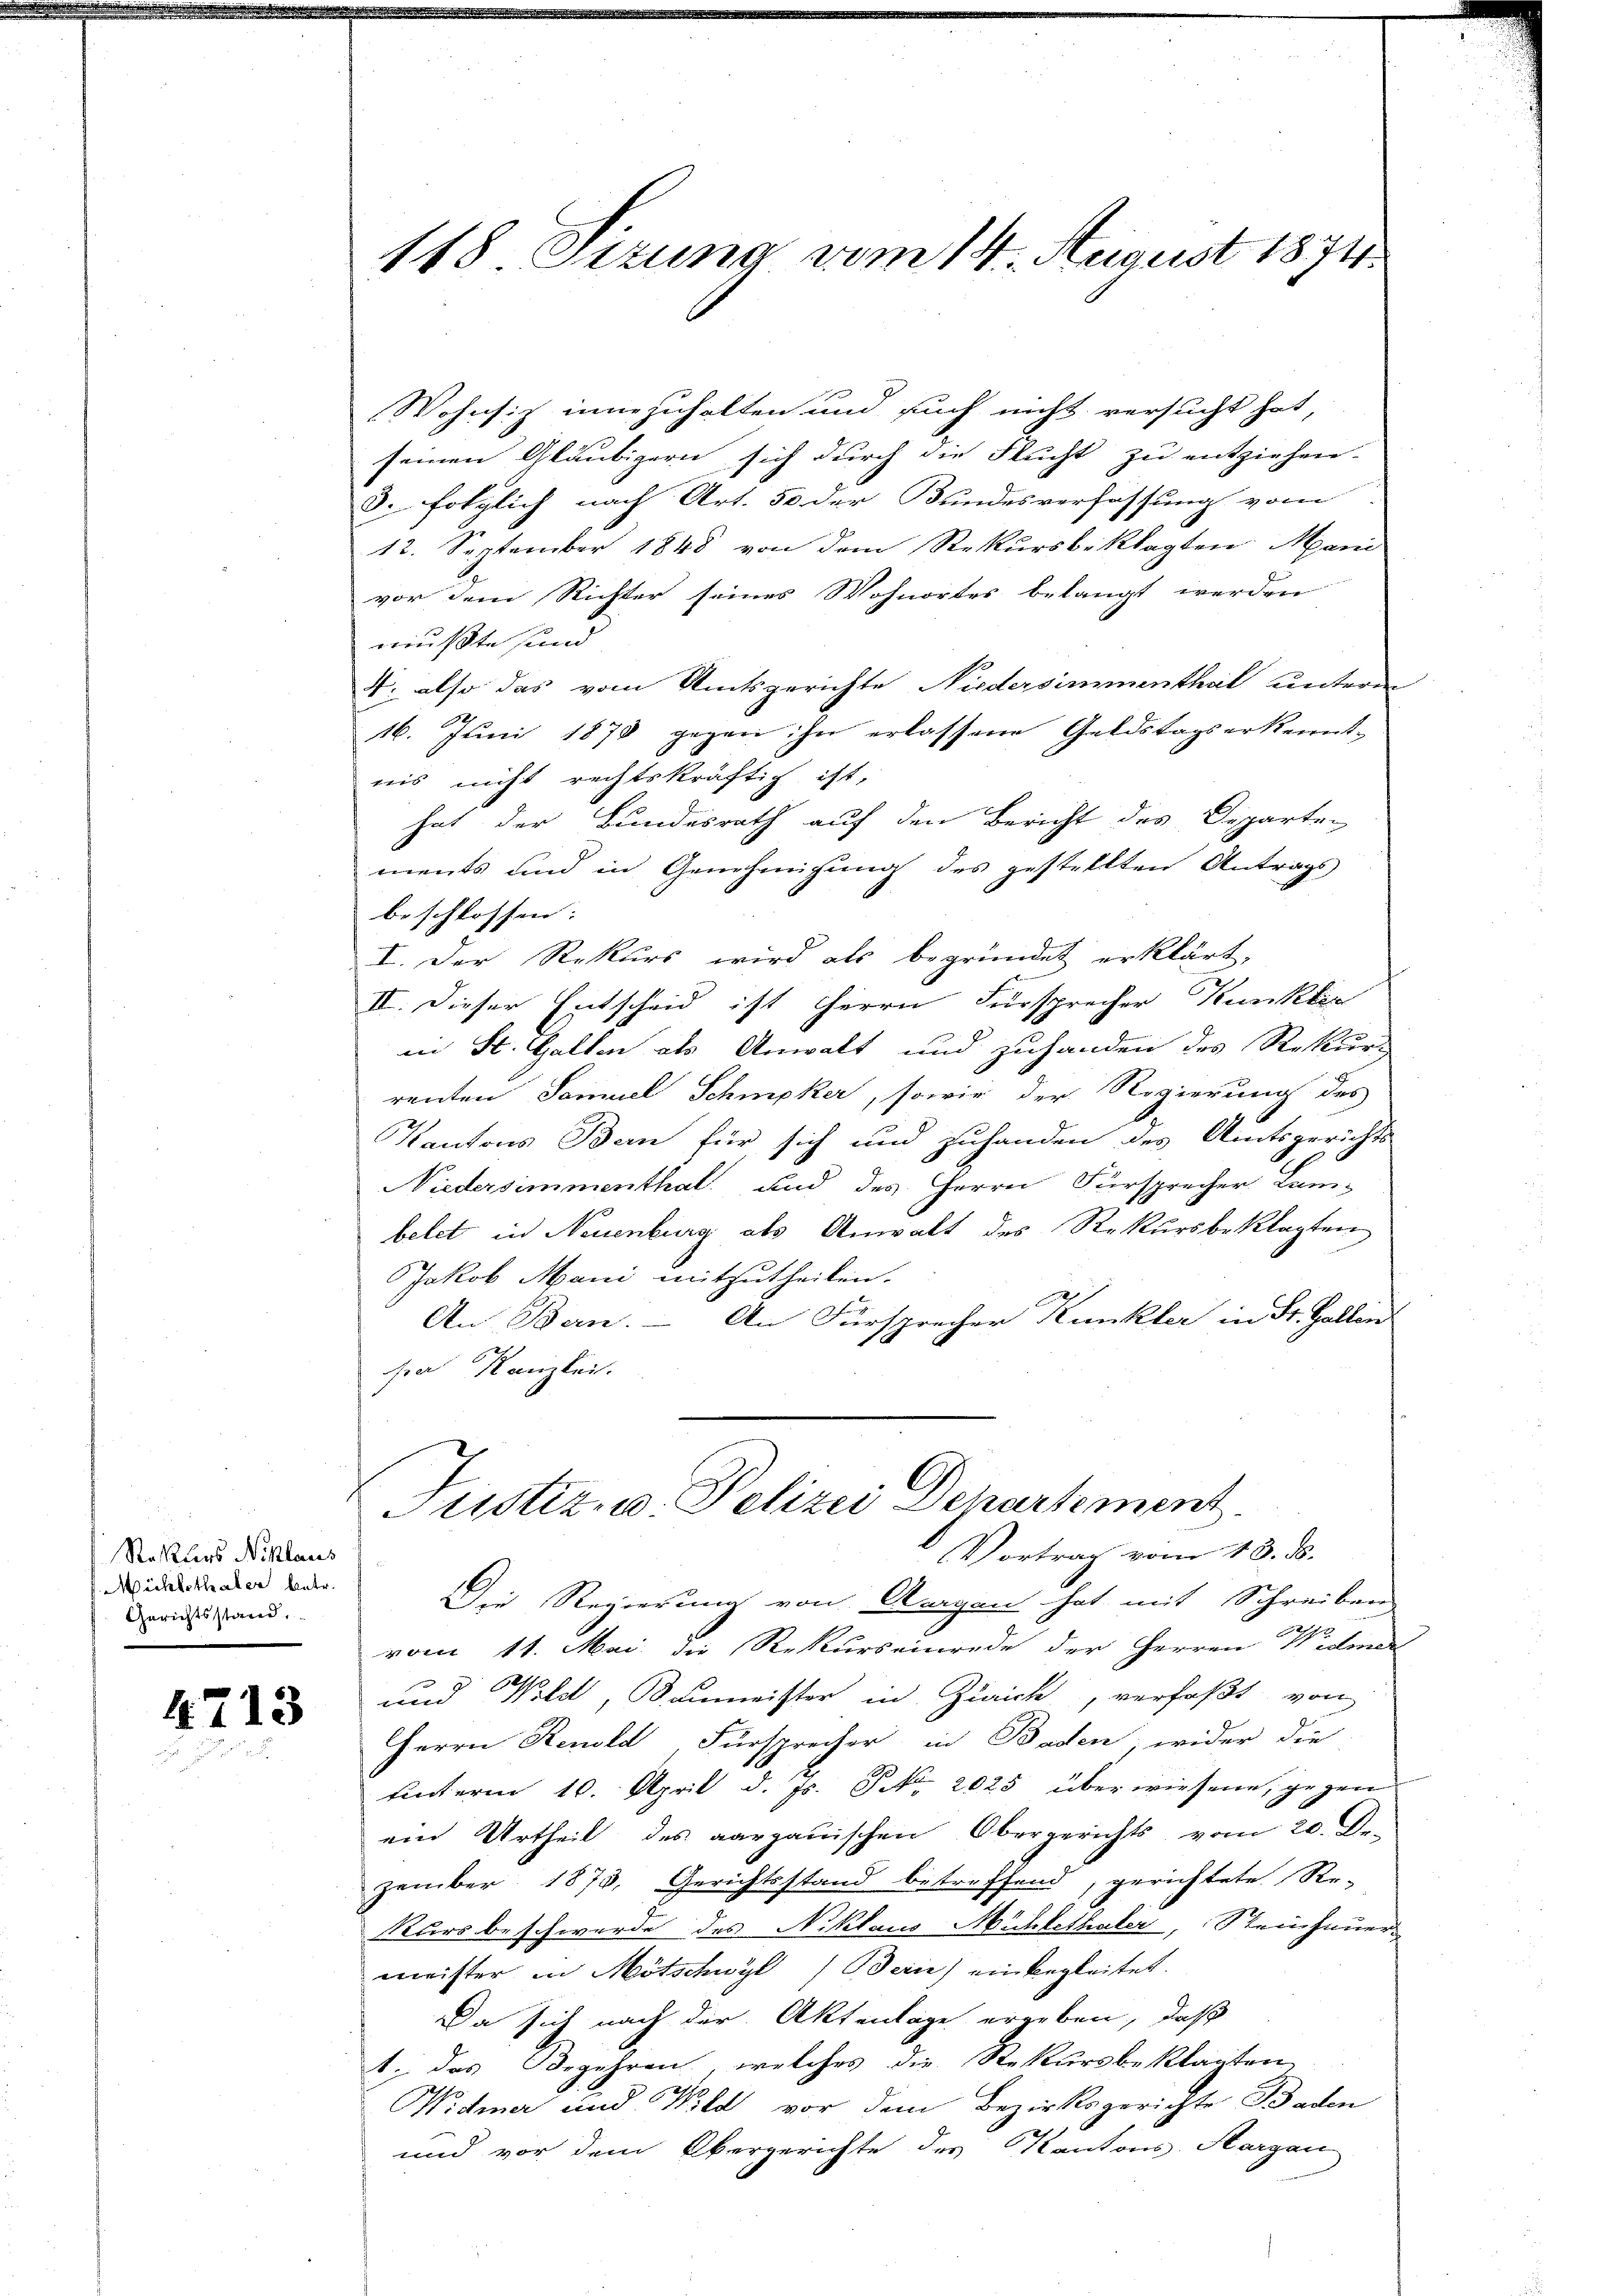
Reßlers Niklaus
Mühlethaler betr.
Gerichtsstand,

4713

148 Stzung vom 14. August 1874.

Wohnsiz innezuhalten und such nicht versucht hat,
seinen Gläubigern sich durch die Flucht zu entziehen.
3. folglich nach Art. 50 der Bundesverfassung vom
12. September 1848 von dem Rekursbeklagten Mani
vor dem Richter seines Wohnortes belangt werden
mußte sind
4. also das vom Amtsgerichte Niedersimmenthal unterm
2
16. Juni 1878 gegen in erlassene Geldstagserkenntnis nicht rechtskräftig ist,
hat der Bundesrath auf den Bericht des Departen
ments und in Genehmigung des gestellten Antrags
beschlossen: |
I. Der Rekurs wird als begründet erklärt,
II. Dieser Entscheid ist Herrn Fürsprecher Kunkler
in St. Gallen als Anwalt und zuhanden des Rekurs
renten Samuel Schmiker, sowie der Regierung des
Kantons Bern für sich und zuhanden des Amtsgerichts-
Niedersimmenthal und des Herrn Fürsprecher Lam-
betet in Neuenburg als Anwalt des Rekursbeklagten
Jakob Mani mitzutheilen.
An Bern. – An Fürsprecher Kunkler in St. Gallen
sen Kanzlei.
Justiz u. Polizei Departement
Vortrag vom 18. ds.
Die Regierung von Morgen hat mit Schreiben
vom 11. Mai die Rekurseinrede der Herren Widma
e
und Wild, Baumeister in Zürich, verfaßt von
Herrn Renold Fürsprecher in Baden wider die
unterm 10. April d. Js. S. 2025 überwiesene, gegen
ein Urtheil des aargauischen Obergerichts vom 20. De-
zember 1873, Gerichtsstand betreffend, gerichtete Re-
Kurs beschwerde des Niklaus Mühlethaler, Steinhauer-
meister in Mötschwyl) Bern) einbegleitet.
Da sich nach der Aktenlage ergeben, daß
1. das Begehren, welches die Rekursbeklagten
Widmer und Wild vor dem Bezirksgerichte Baden
und vor dem Obergerichte des Kantons Aargau